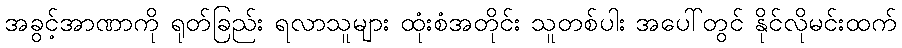
အခွင့်အာဏာကို ရုတ်ခြည်း ရလာသူများ ထုံးစံအတိုင်း သူတစ်ပါး အပေါ်တွင် နိုင်လိုမင်းထက်